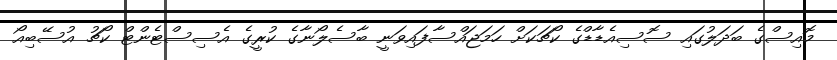
މޮއިސްގެ ބަދަލުގައި ސޮސިއެޑާޑްގެ ކޯޗަކަށް ހަމަޖައްސާފައިވަނީ ބާސެލޯނާގެ ކުރީގެ އެސިސްޓެންޓް ކޯޗު އުސޭބިއޯ